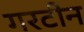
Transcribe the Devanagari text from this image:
गरटीन